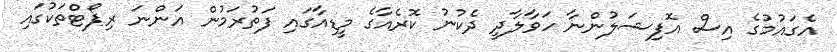
އެގައުމުގެ އިސް އޮފިޝަލުންނާ ހަވާލާދީ ދެކުނު ކޮރެއާގެ މީޑިއާގައި ފަތުރަމުން އަންނަ ރިޕޯޓްތަކުގައި